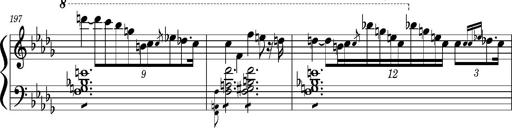
Title: Concerto sans orchestre, S.524a
Composer: Franz Liszt
Key: A major